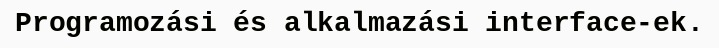
Programozási és alkalmazási interface-ek.